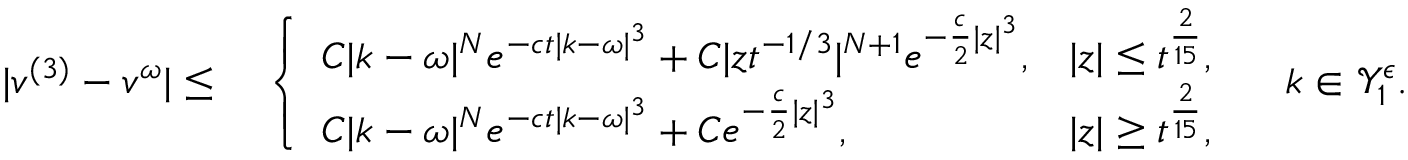
\begin{array} { r l } { | v ^ { ( 3 ) } - v ^ { \omega } | \leq } & { \; \left\{ \begin{array} { l l } { C | k - \omega | ^ { N } e ^ { - c t | k - \omega | ^ { 3 } } + C | z t ^ { - 1 / 3 } | ^ { N + 1 } e ^ { - \frac { c } { 2 } | z | ^ { 3 } } , } & { | z | \leq t ^ { \frac { 2 } { 1 5 } } , } \\ { C | k - \omega | ^ { N } e ^ { - c t | k - \omega | ^ { 3 } } + C e ^ { - \frac { c } { 2 } | z | ^ { 3 } } , } & { | z | \geq t ^ { \frac { 2 } { 1 5 } } , } \end{array} \right. \quad k \in \mathcal { Y } _ { 1 } ^ { \epsilon } . } \end{array}